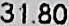
31.80